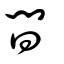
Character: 間